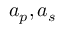
a _ { p } , a _ { s }